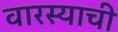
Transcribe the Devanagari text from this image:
वारस्याची